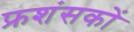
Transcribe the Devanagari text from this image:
फ्रशंसकों